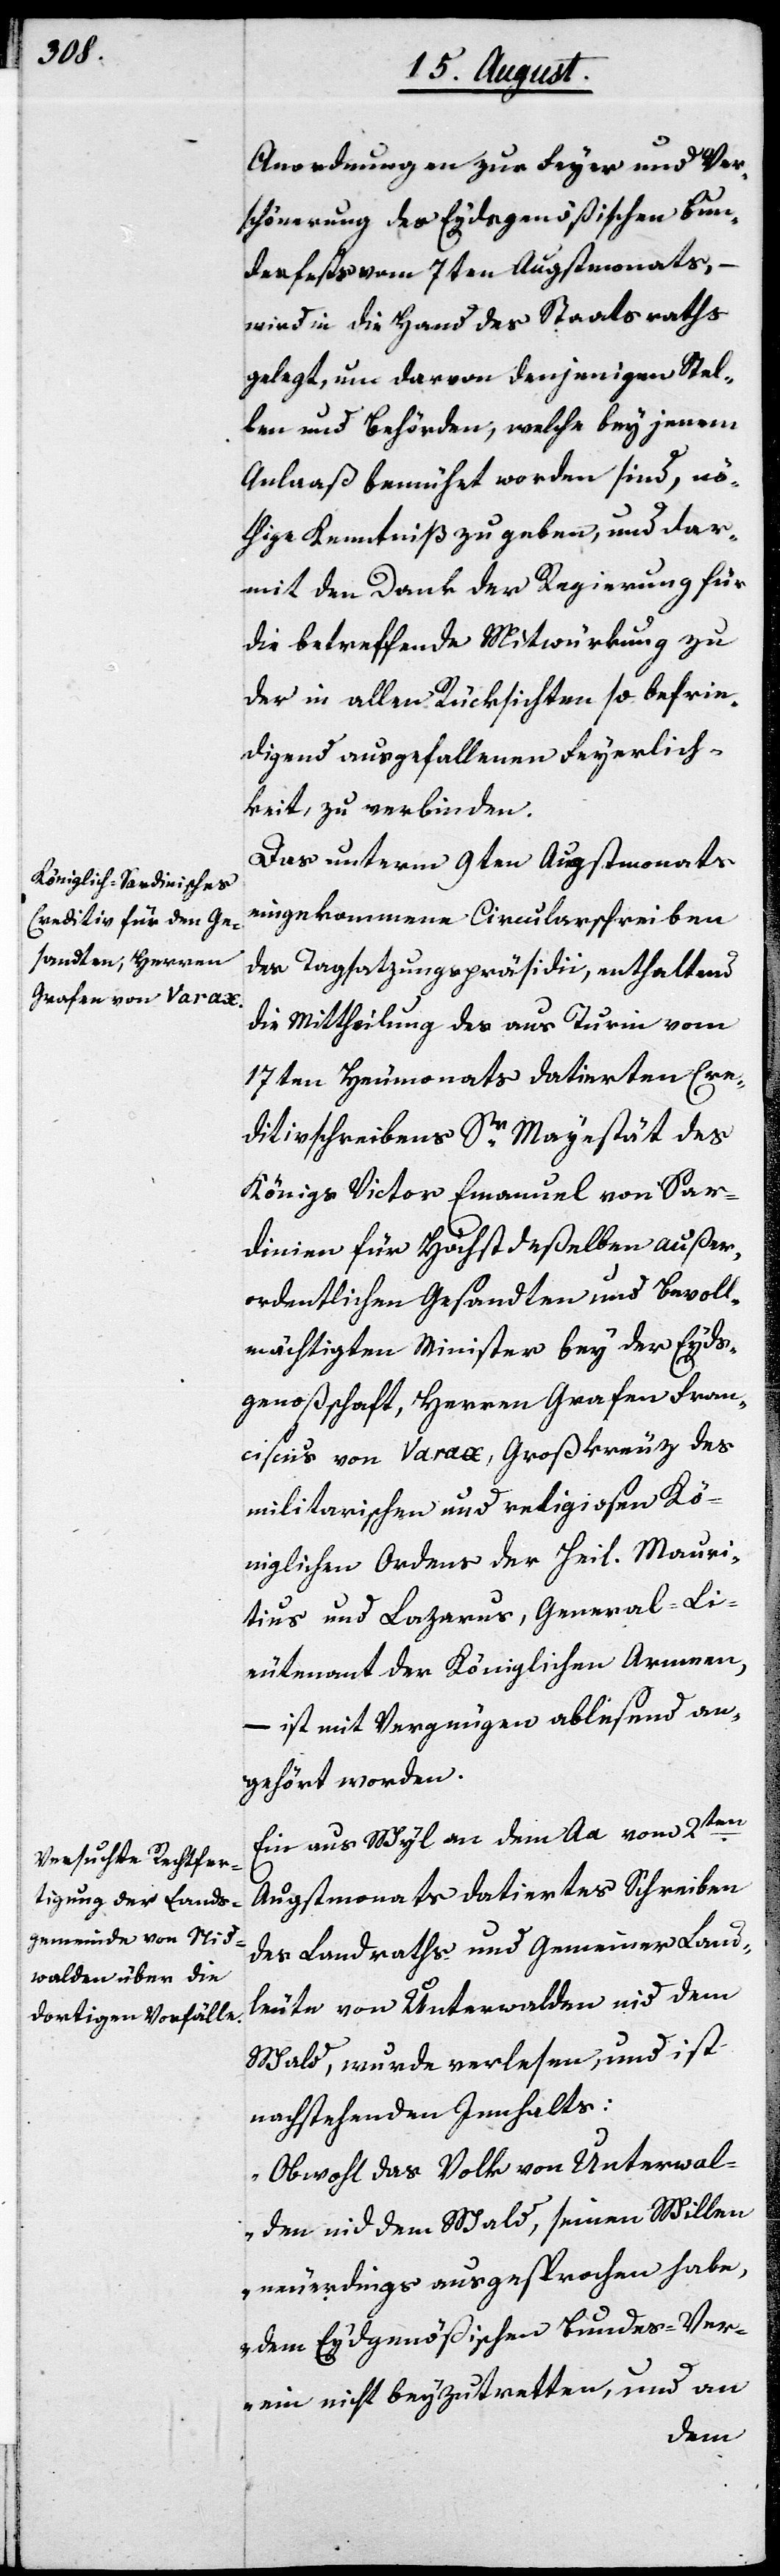
Anordnungen zur Feyer und Ver¬
schönerung des Eydsgenößischen Bun¬
desfests vom 7ten Augstmonats,
wird in die Hand des Staatsraths
gelegt, um davon denjenigen Stel¬
len und Behörden, welche bey jenem
Anlaaß bemühet worden sind, nö¬
thige Kenntniß zu geben und dar¬
mit den Dank der Regierung für
die betreffende Mitwürkung zu
der in allen Rücksichten so befrie¬
digend ausgefallenen Feyerlich¬
keit, zu verbinden.
Das unterm 9ten Augstmonats
eingekommene Circularschreiben
des Tagsatzungspräsidii, enthaltend
die Mittheilung des aus Turin vom
17ten Heumonats datierten Cre¬
ditivschreibens Sr. Majestät des
Königs Victor Emanuel von Sar¬
dinien für Höchstdeßelben außer¬
ordentlichen Gesandten und Bevoll¬
mächtigten Minister bey der Eyds¬
genoßschaft, Herren Grafen Fran¬
ciscus von Varax, Großkreuz des
militarischen und religiosen Kö¬
niglichen Ordens der Heil. Mauri¬
tius und Lazarus, General-Li¬
eutenant der Königlichen Armeen,
– ist mit Vergnügen ablesend an¬
gehört worden.
Ein aus Wyl an dem Aa vom 2ten
Augstmonats datiertes Schreiben
des Landraths und Gemeiner Land¬
leute von Unterwalden Nid dem
Wald, wurde verlesen, und ist
nachstehenden Innhalts:
„Obwohl das Volk von Unterwal¬
den nid dem Wald, seinen Willen
neuerdings ausgesprochen habe,
dem Eydgenößischen Bundes-Ver¬
ein nicht beyzutretten, und an